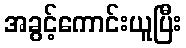
အခွင့်ကောင်းယူပြီး